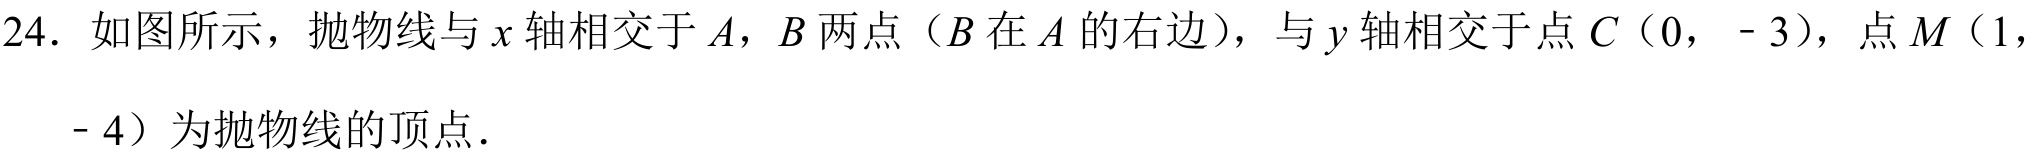
24. 如图所示，抛物线与\(x\)轴相交于\(A\)，\(B\)两点（\(B\)在\(A\)的右边），与\(y\)轴相交于点\(C(0,\ - 3)\)，点\(M(1,\\ - 4)\)为抛物线的顶点．